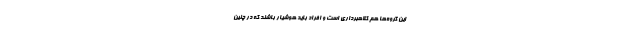
این گروه‌ها هم کلاهبرداری است و افراد باید هوشیار باشند که در چنین